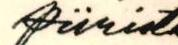
piiristä